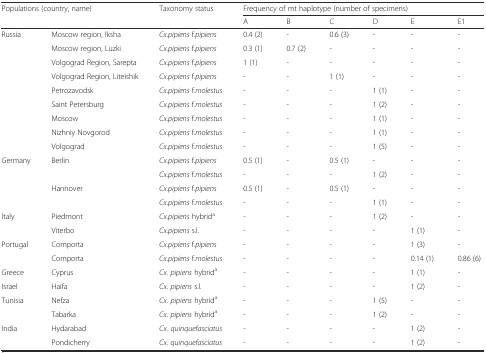
| <ROWSPAN=2-COLSPAN=2> Populations (country, name) | <ROWSPAN=2> Taxonomy status | <COLSPAN=6> Frequency of mt haplotype (number of specimens) |
 | A | B | C | D | E | E1 |
 | --- | --- | --- | --- | --- | --- | --- | --- | --- |
 | Russia | Moscow region, Iksha | Cx.pipiens f.pipiens | 0.4 (2) | - | 0.6 (3) | - | - | - |
 |  | Moscow region, Luzki | Cx.pipiens f.pipiens | 0.3 (1) | 0.7 (2) | - | - | - | - |
 |  | Volgograd Region, Sarepta | Cx.pipiens f.pipiens | 1 (1) | - | - | - | - | - |
 |  | Volgograd Region, Liteishik | Cx.pipiens f.pipiens | - | - | 1 (1) | - | - | - |
 |  | Petrozavodsk | Cx.pipiens f.molestus | - | - | - | 1 (1) | - | - |
 |  | Saint Petersburg | Cx.pipiens f.molestus | - | - | - | 1 (2) | - | - |
 |  | Moscow | Cx.pipiens f.molestus | - | - | - | 1 (1) | - | - |
 |  | Nizhniy Novgorod | Cx.pipiens f.molestus | - | - | - | 1 (1) | - | - |
 |  | Volgograd | Cx.pipiens f.molestus | - | - | - | 1 (5) | - | - |
 | Germany | Berlin | Cx.pipiens f.pipiens | 0.5 (1) | - | 0.5 (1) | - | - | - |
 |  |  | Cx.pipiens f.molestus | - | - | - | 1 (2) | - | - |
 |  | Hannover | Cx.pipiens f.pipiens | 0.5 (1) | - | 0.5 (1) | - | - | - |
 |  |  | Cx.pipiens f.molestus | - | - | - | 1 (1) | - | - |
 | Italy | Piedmont | Cx.pipiens hybrida | - | - | - | 1 (2) | - | - |
 |  | Viterbo | Cx.pipiens s.l. | - | - | - | - | 1 (1) | - |
 | Portugal | Comporta | Cx.pipiens f.pipiens | - | - | - | - | 1 (3) | - |
 |  | Comporta | Cx.pipiens f.molestus | - | - | - | - | 0.14 (1) | 0.86 (6) |
 | Greece | Cyprus | Cx. pipiens hybrida | - | - | - | - | 1 (1) | - |
 | Israel | Haifa | Cx. pipiens s.l. | - | - | - | - | 1 (2) | - |
 | Tunisia | Nefza | Cx. pipiens hybrida | - | - | - | 1 (5) | - | - |
 |  | Tabarka | Cx. pipiens hybrida | - | - | - | 1 (2) | - | - |
 | India | Hydarabad | Cx. quinquefasciatus | - | - | - | - | 1 (2) | - |
 |  | Pondicherry | Cx. quinquefasciatus | - | - | - | - | 1 (2) | - |